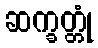
ဆက္ခတ္တုံ